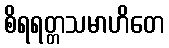
စိရရတ္တသမာဟိတေ